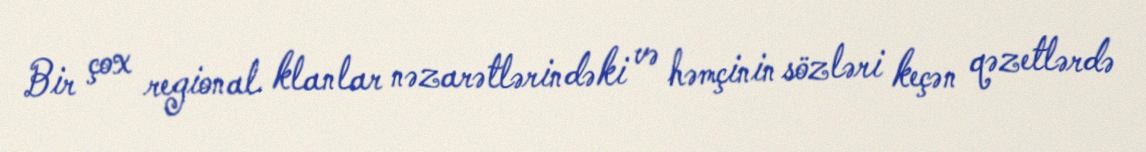
Bir çox regional klanlar nəzarətlərindəki və həmçinin sözləri keçən qəzetlərdə